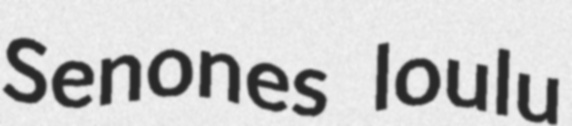
Senones loulu